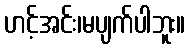
ဟင့်အင်း၊မပျက်ပါဘူး။